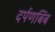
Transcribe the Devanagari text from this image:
दर्पणबिंब